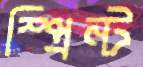
স্প্রিন্ট